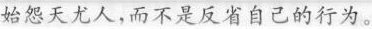
始怨天尤人，而不是反省自己的行为。